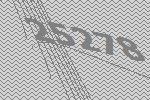
25278